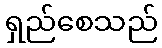
ရှည်စေသည်